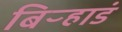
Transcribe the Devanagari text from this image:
बिऱ्हाडं